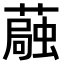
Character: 𫉴